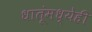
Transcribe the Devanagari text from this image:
धातूंमध्येही